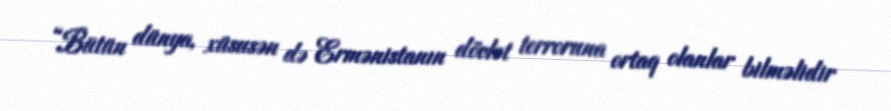
“Bütün dünya, xüsusən də Ermənistanın dövlət terroruna ortaq olanlar bilməlidir